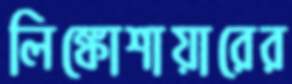
লিঙ্কোশায়ারের